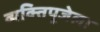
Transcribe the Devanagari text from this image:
व्यक्तिपूजेला